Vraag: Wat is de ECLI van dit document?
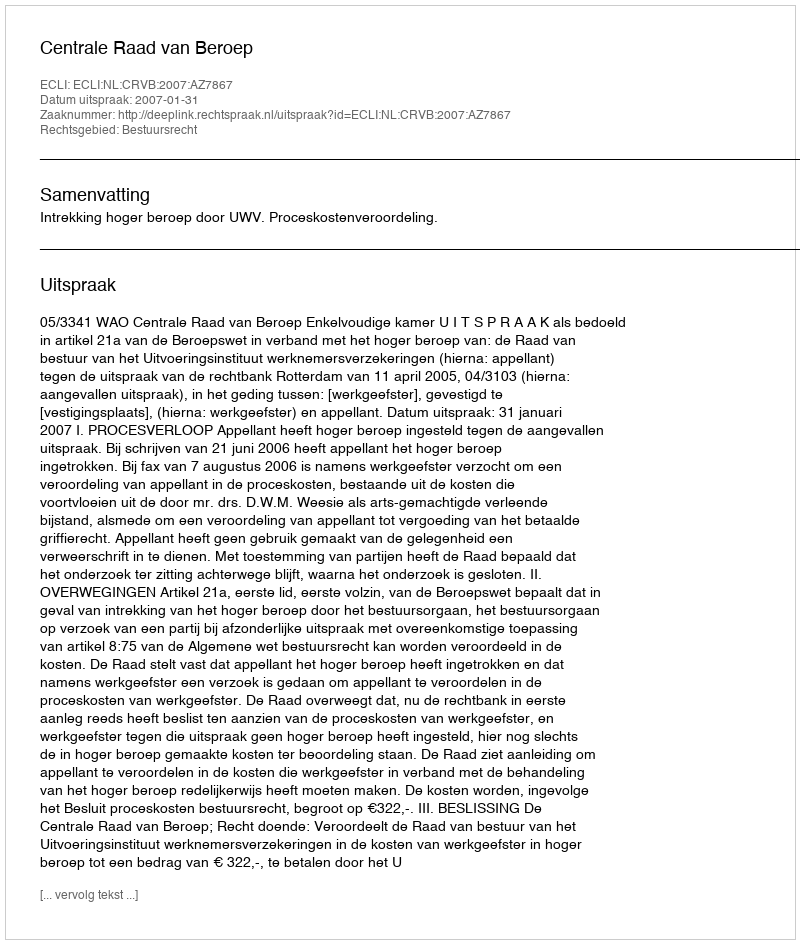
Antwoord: ECLI:NL:CRVB:2007:AZ7867